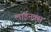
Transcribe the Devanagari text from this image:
लाईनक्स